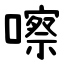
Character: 嚓